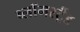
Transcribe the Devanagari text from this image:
ब्लॉमस्ट्रैंड